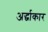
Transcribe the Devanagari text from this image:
अर्द्धाकार